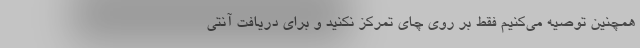
همچنین توصیه می‌کنیم فقط بر روی چای تمرکز نکنید و برای دریافت آنتی